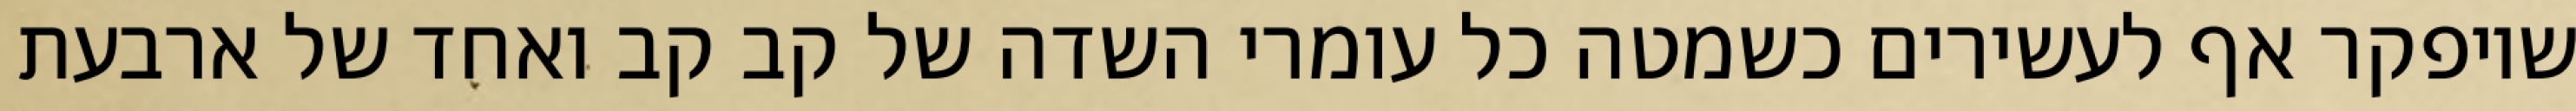
שיופקר אף לעשירים כשמטה כל עומרי השדה של קב קב ואחד של ארבעת